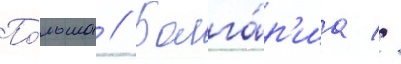
По́льша // Болга́р'иа //